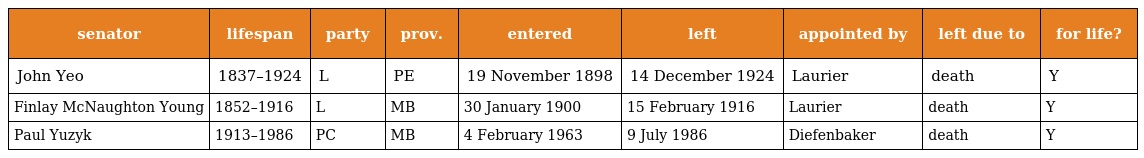
| senator | lifespan | party | prov. | entered | left | appointed by | left due to | for life? |
 | --- | --- | --- | --- | --- | --- | --- | --- | --- |
 | John Yeo | 1837–1924 | L | PE | 19 November 1898 | 14 December 1924 | Laurier | death | Y |
 | Finlay McNaughton Young | 1852–1916 | L | MB | 30 January 1900 | 15 February 1916 | Laurier | death | Y |
 | Paul Yuzyk | 1913–1986 | PC | MB | 4 February 1963 | 9 July 1986 | Diefenbaker | death | Y |